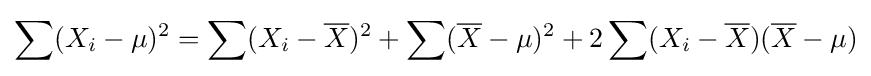
\sum (X_{i}-\mu )^{2}=\sum (X_{i}-{\overline {X}})^{2}+\sum ({\overline {X}}-\mu )^{2}+2\sum (X_{i}-{\overline {X}})({\overline {X}}-\mu )